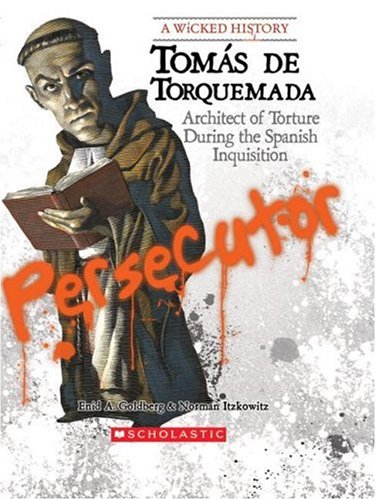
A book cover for Tomas de Torquemada: Architect of Torture During the Spanish Inquisition (Wicked History); Enid A. Goldberg; Teen & Young Adult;